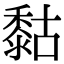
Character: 𪏻